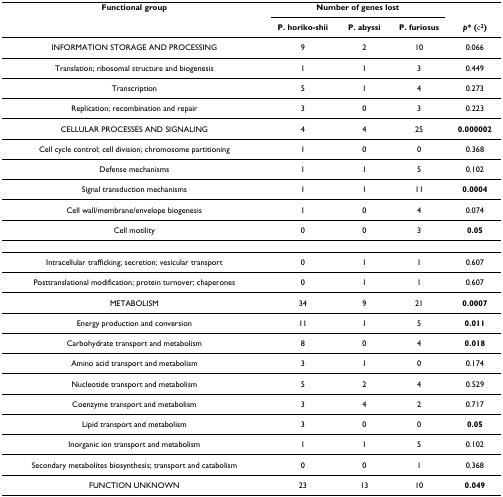
| Functional group | <COLSPAN=3> Number of genes lost |  |
 |  | P. horiko-shii | P. abyssi | P. furiosus | p* (χ2) |
 | --- | --- | --- | --- | --- |
 | INFORMATION STORAGE AND PROCESSING | 9 | 2 | 10 | 0.066 |
 | Translation; ribosomal structure and biogenesis | 1 | 1 | 3 | 0.449 |
 | Transcription | 5 | 1 | 4 | 0.273 |
 | Replication; recombination and repair | 3 | 0 | 3 | 0.223 |
 | CELLULAR PROCESSES AND SIGNALING | 4 | 4 | 25 | 0.000002 |
 | Cell cycle control; cell division; chromosome partitioning | 1 | 0 | 0 | 0.368 |
 | Defense mechanisms | 1 | 1 | 5 | 0.102 |
 | Signal transduction mechanisms | 1 | 1 | 11 | 0.0004 |
 | Cell wall/membrane/envelope biogenesis | 1 | 0 | 4 | 0.074 |
 | Cell motility | 0 | 0 | 3 | 0.05 |
 | Intracellular trafficking; secretion; vesicular transport | 0 | 1 | 1 | 0.607 |
 | Posttranslational modification; protein turnover; chaperones | 0 | 1 | 1 | 0.607 |
 | METABOLISM | 34 | 9 | 21 | 0.0007 |
 | Energy production and conversion | 11 | 1 | 5 | 0.011 |
 | Carbohydrate transport and metabolism | 8 | 0 | 4 | 0.018 |
 | Amino acid transport and metabolism | 3 | 1 | 0 | 0.174 |
 | Nucleotide transport and metabolism | 5 | 2 | 4 | 0.529 |
 | Coenzyme transport and metabolism | 3 | 4 | 2 | 0.717 |
 | Lipid transport and metabolism | 3 | 0 | 0 | 0.05 |
 | Inorganic ion transport and metabolism | 1 | 1 | 5 | 0.102 |
 | Secondary metabolites biosynthesis; transport and catabolism | 0 | 0 | 1 | 0.368 |
 | FUNCTION UNKNOWN | 23 | 13 | 10 | 0.049 |